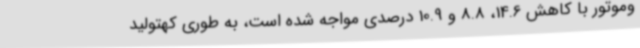
وموتور با کاهش 14.6، 8.8 و 10.9 درصدی مواجه شده است، به طوری کهتولید